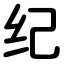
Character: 纪